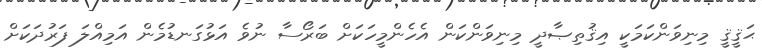
ޙަޤީޤީ މިނިވަންކަމަކީ އިޤުތިޞާދީ މިނިވަންކަން އެހެންމީހަކަށް ބަރޯސާ ނުވެ އަޅުގަނޑުމެން އަމިއްލަ ފަރުދަކަށް